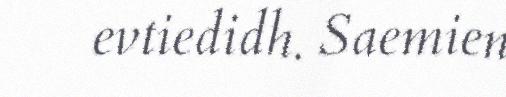
evtiedidh. Saemien